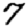
Digit: 7